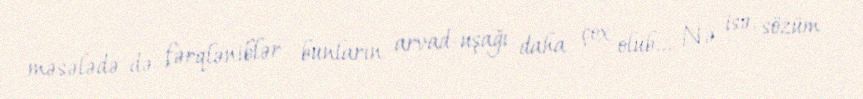
məsələdə də fərqləniblər - bunların arvad-uşağı daha çox olub... Nə isə, sözüm